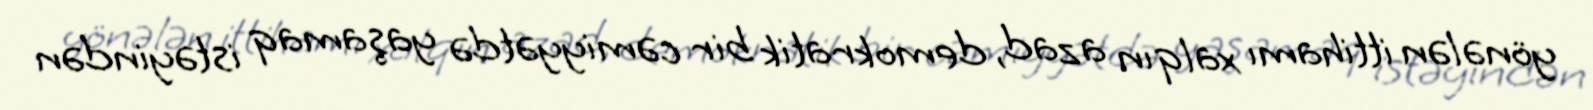
yönələn ittihamı xalqın azad, demokratik bir cəmiyyətdə yaşamaq istəyindən